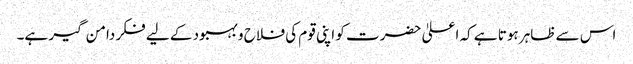
اس سے ظاہر ہوتا ہے کہ اعلیٰ حضرت کو اپنی قوم کی فلاح و بہبود کے لیے فکر دامن گیر ہے۔